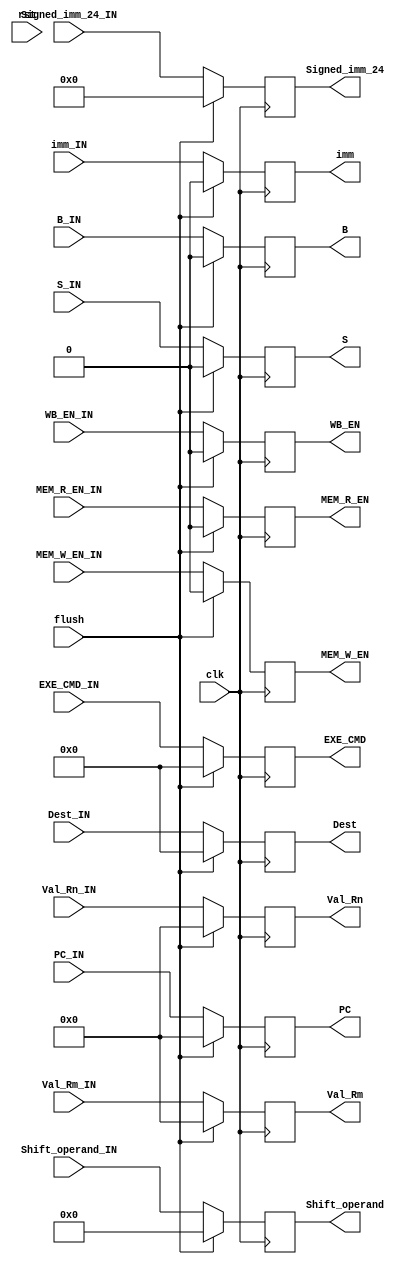
module ID_Stage_Reg(input clk,rst,flush,
                input WB_EN_IN,MEM_R_EN_IN,MEM_W_EN_IN,
                input B_IN,S_IN,
                input [3:0] EXE_CMD_IN,
                input [31:0] PC_IN,
                input [31:0] Val_Rn_IN,Val_Rm_IN,
                input imm_IN,
                input [11:0] Shift_operand_IN,
                input [23:0] Signed_imm_24_IN,
                input [3:0] Dest_IN,
                
                output reg WB_EN,MEM_R_EN,MEM_W_EN,B,S,
                output reg [3:0] EXE_CMD,
                output reg [31:0] PC,
                output reg [31:0] Val_Rn,Val_Rm,
                output reg imm,
                output reg [11:0] Shift_operand,
                output reg [23:0] Signed_imm_24,
                output reg [3:0] Dest);
                
  always@(posedge clk)begin
    if(flush)begin
      WB_EN<=1'b0;
      MEM_R_EN<=1'b0;
      MEM_W_EN<=1'b0;
      B<=1'b0;
      S<=1'b0;
      EXE_CMD<=4'd0;
      PC<=32'd0;
      Val_Rn<=32'd0;
      Val_Rm<=32'd0;
      imm<=1'b0;
      Shift_operand<=12'd0;
      Signed_imm_24<=24'd0;
      Dest<=4'd0;
    end
    else begin
      WB_EN<=WB_EN_IN;
      MEM_R_EN<=MEM_R_EN_IN;
      MEM_W_EN<=MEM_W_EN_IN;
      B<=B_IN;
      S<=S_IN;
      EXE_CMD<=EXE_CMD_IN;
      PC<=PC_IN;
      Val_Rn<=Val_Rn_IN;
      Val_Rm<=Val_Rm_IN;
      imm<=imm_IN;
      Shift_operand<=Shift_operand_IN;
      Signed_imm_24<=Signed_imm_24_IN;
      Dest<=Dest_IN;
    end
  end
endmodule